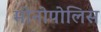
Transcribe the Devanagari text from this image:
मोनोपोलिस